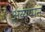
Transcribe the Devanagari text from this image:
अय्यप्पन्